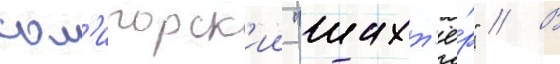
сол'игорск'ии "шахт'ё́р" // В